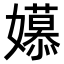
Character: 𫲎